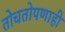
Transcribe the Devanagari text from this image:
तोचतोपणाही